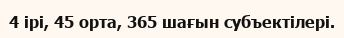
4 ірі, 45 орта, 365 шағын субъектілері.